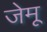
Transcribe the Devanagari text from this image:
जेमू